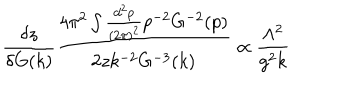
LaTeX: \frac { \delta z } { \delta G ( k ) } \frac { 4 \pi ^ { 2 } \int \frac { d ^ { 2 } p } { ( 2 \pi ) ^ { 2 } } p ^ { - 2 } G ^ { - 2 } ( p ) } { 2 z k ^ { - 2 } G ^ { - 3 } ( k ) } \propto \frac { \Lambda ^ { 2 } } { g ^ { 2 } k }